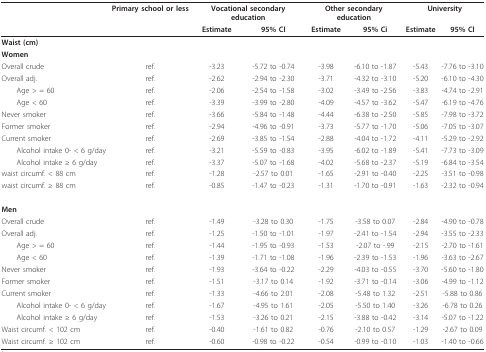
<table><thead><tr><td></td><td><b>Primary school or less</b></td><td colspan="2"><b>Vocational secondary education</b></td><td colspan="2"><b>Other secondary education</b></td><td colspan="2"><b>University</b></td></tr><tr><td></td><td></td><td><b>Estimate</b></td><td><b>95% CI</b></td><td><b>Estimate</b></td><td><b>95% Ci</b></td><td><b>Estimate</b></td><td><b>95% CI</b></td></tr></thead><tbody><tr><td><b>Waist (cm)</b></td><td></td><td></td><td></td><td></td><td></td><td></td><td></td></tr><tr><td><b>Women</b></td><td></td><td></td><td></td><td></td><td></td><td></td><td></td></tr><tr><td>Overall crude</td><td>ref.</td><td>-3.23</td><td>-5.72 to -0.74</td><td>-3.98</td><td>-6.10 to -1.87</td><td>-5.43</td><td>-7.76 to -3.10</td></tr><tr><td>Overall adj.</td><td>ref.</td><td>-2.62</td><td>-2.94 to -2.30</td><td>-3.71</td><td>-4.32 to -3.10</td><td>-5.20</td><td>-6.10 to -4.30</td></tr><tr><td> Age &gt; = 60</td><td>ref.</td><td>-2.06</td><td>-2.54 to -1.58</td><td>-3.02</td><td>-3.49 to -2.56</td><td>-3.83</td><td>-4.74 to -2.91</td></tr><tr><td> Age &lt; 60</td><td>ref.</td><td>-3.39</td><td>-3.99 to -2.80</td><td>-4.09</td><td>-4.57 to -3.62</td><td>-5.47</td><td>-6.19 to -4.76</td></tr><tr><td>Never smoker</td><td>ref.</td><td>-3.66</td><td>-5.84 to -1.48</td><td>-4.44</td><td>-6.38 to -2.50</td><td>-5.85</td><td>-7.98 to -3.72</td></tr><tr><td>Former smoker</td><td>ref.</td><td>-2.94</td><td>-4.96 to -0.91</td><td>-3.73</td><td>-5.77 to -1.70</td><td>-5.06</td><td>-7.05 to -3.07</td></tr><tr><td>Current smoker</td><td>ref.</td><td>-2.69</td><td>-3.85 to -1.54</td><td>-2.88</td><td>-4.04 to -1.72</td><td>-4.11</td><td>-5.29 to -2.92</td></tr><tr><td> Alcohol intake 0- &lt; 6 g/day</td><td>ref.</td><td>-3.21</td><td>-5.59 to -0.83</td><td>-3.95</td><td>-6.02 to -1.89</td><td>-5.41</td><td>-7.73 to -3.09</td></tr><tr><td> Alcohol intake ≥ 6 g/day</td><td>ref.</td><td>-3.37</td><td>-5.07 to -1.68</td><td>-4.02</td><td>-5.68 to -2.37</td><td>-5.19</td><td>-6.84 to -3.54</td></tr><tr><td>waist circumf. &lt; 88 cm</td><td>ref.</td><td>-1.28</td><td>-2.57 to 0.01</td><td>-1.65</td><td>-2.91 to -0.40</td><td>-2.25</td><td>-3.51 to -0.98</td></tr><tr><td>waist circumf. ≥ 88 cm</td><td>ref.</td><td>-0.85</td><td>-1.47 to -0.23</td><td>-1.31</td><td>-1.70 to -0.91</td><td>-1.63</td><td>-2.32 to -0.94</td></tr><tr><td><b>Men</b></td><td></td><td></td><td></td><td></td><td></td><td></td><td></td></tr><tr><td>Overall crude</td><td>ref.</td><td>-1.49</td><td>-3.28 to 0.30</td><td>-1.75</td><td>-3.58 to 0.07</td><td>-2.84</td><td>-4.90 to -0.78</td></tr><tr><td>Overall adj.</td><td>ref.</td><td>-1.25</td><td>-1.50 to -1.01</td><td>-1.97</td><td>-2.41 to -1.54</td><td>-2.94</td><td>-3.55 to -2.33</td></tr><tr><td> Age &gt; = 60</td><td>ref.</td><td>-1.44</td><td>-1.95 to -0.93</td><td>-1.53</td><td>-2.07 to -.99</td><td>-2.15</td><td>-2.70 to -1.61</td></tr><tr><td> Age &lt; 60</td><td>ref.</td><td>-1.39</td><td>-1.71 to -1.08</td><td>-1.96</td><td>-2.39 to -1.53</td><td>-1.96</td><td>-3.63 to -2.67</td></tr><tr><td>Never smoker</td><td>ref.</td><td>-1.93</td><td>-3.64 to -0.22</td><td>-2.29</td><td>-4.03 to -0.55</td><td>-3.70</td><td>-5.60 to -1.80</td></tr><tr><td>Former smoker</td><td>ref.</td><td>-1.51</td><td>-3.17 to 0.14</td><td>-1.92</td><td>-3.71 to -0.14</td><td>-3.06</td><td>-4.99 to -1.12</td></tr><tr><td>Current smoker</td><td>ref.</td><td>-1.33</td><td>-4.66 to 2.01</td><td>-2.08</td><td>-5.48 to 1.32</td><td>-2.51</td><td>-5.88 to 0.86</td></tr><tr><td> Alcohol intake 0- &lt; 6 g/day</td><td>ref.</td><td>-1.67</td><td>-4.95 to 1.61</td><td>-2.05</td><td>-5.50 to 1.40</td><td>-3.26</td><td>-6.78 to 0.26</td></tr><tr><td> Alcohol intake ≥ 6 g/day</td><td>ref.</td><td>-1.53</td><td>-3.26 to 0.21</td><td>-2.15</td><td>-3.88 to -0.42</td><td>-3.14</td><td>-5.07 to -1.22</td></tr><tr><td>Waist circumf. &lt; 102 cm</td><td>ref.</td><td>-0.40</td><td>-1.61 to 0.82</td><td>-0.76</td><td>-2.10 to 0.57</td><td>-1.29</td><td>-2.67 to 0.09</td></tr><tr><td>Waist circumf. ≥ 102 cm</td><td>ref.</td><td>-0.60</td><td>-0.98 to -0.22</td><td>-0.54</td><td>-0.99 to -0.10</td><td>-1.03</td><td>-1.40 to -0.66</td></tr></tbody></table>